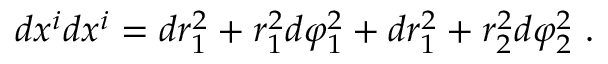
d x ^ { i } d x ^ { i } = d r _ { 1 } ^ { 2 } + r _ { 1 } ^ { 2 } d \varphi _ { 1 } ^ { 2 } + d r _ { 1 } ^ { 2 } + r _ { 2 } ^ { 2 } d \varphi _ { 2 } ^ { 2 } ~ .